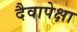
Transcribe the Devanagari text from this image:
दैवापेक्षा